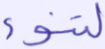
لتنوء